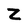
Character: Z